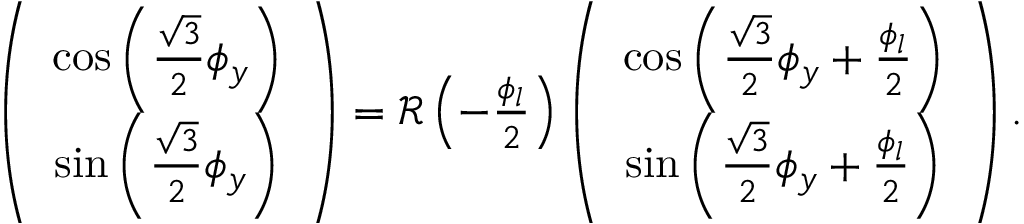
\begin{array} { r } { \left( \begin{array} { c } { \cos \left( \frac { \sqrt { 3 } } { 2 } \phi _ { y } \right) } \\ { \sin \left( \frac { \sqrt { 3 } } { 2 } \phi _ { y } \right) } \end{array} \right) = { \mathcal R } \left( - \frac { \phi _ { l } } { 2 } \right) \left( \begin{array} { c } { \cos \left( \frac { \sqrt { 3 } } { 2 } \phi _ { y } + \frac { \phi _ { l } } { 2 } \right) } \\ { \sin \left( \frac { \sqrt { 3 } } { 2 } \phi _ { y } + \frac { \phi _ { l } } { 2 } \right) } \end{array} \right) . } \end{array}